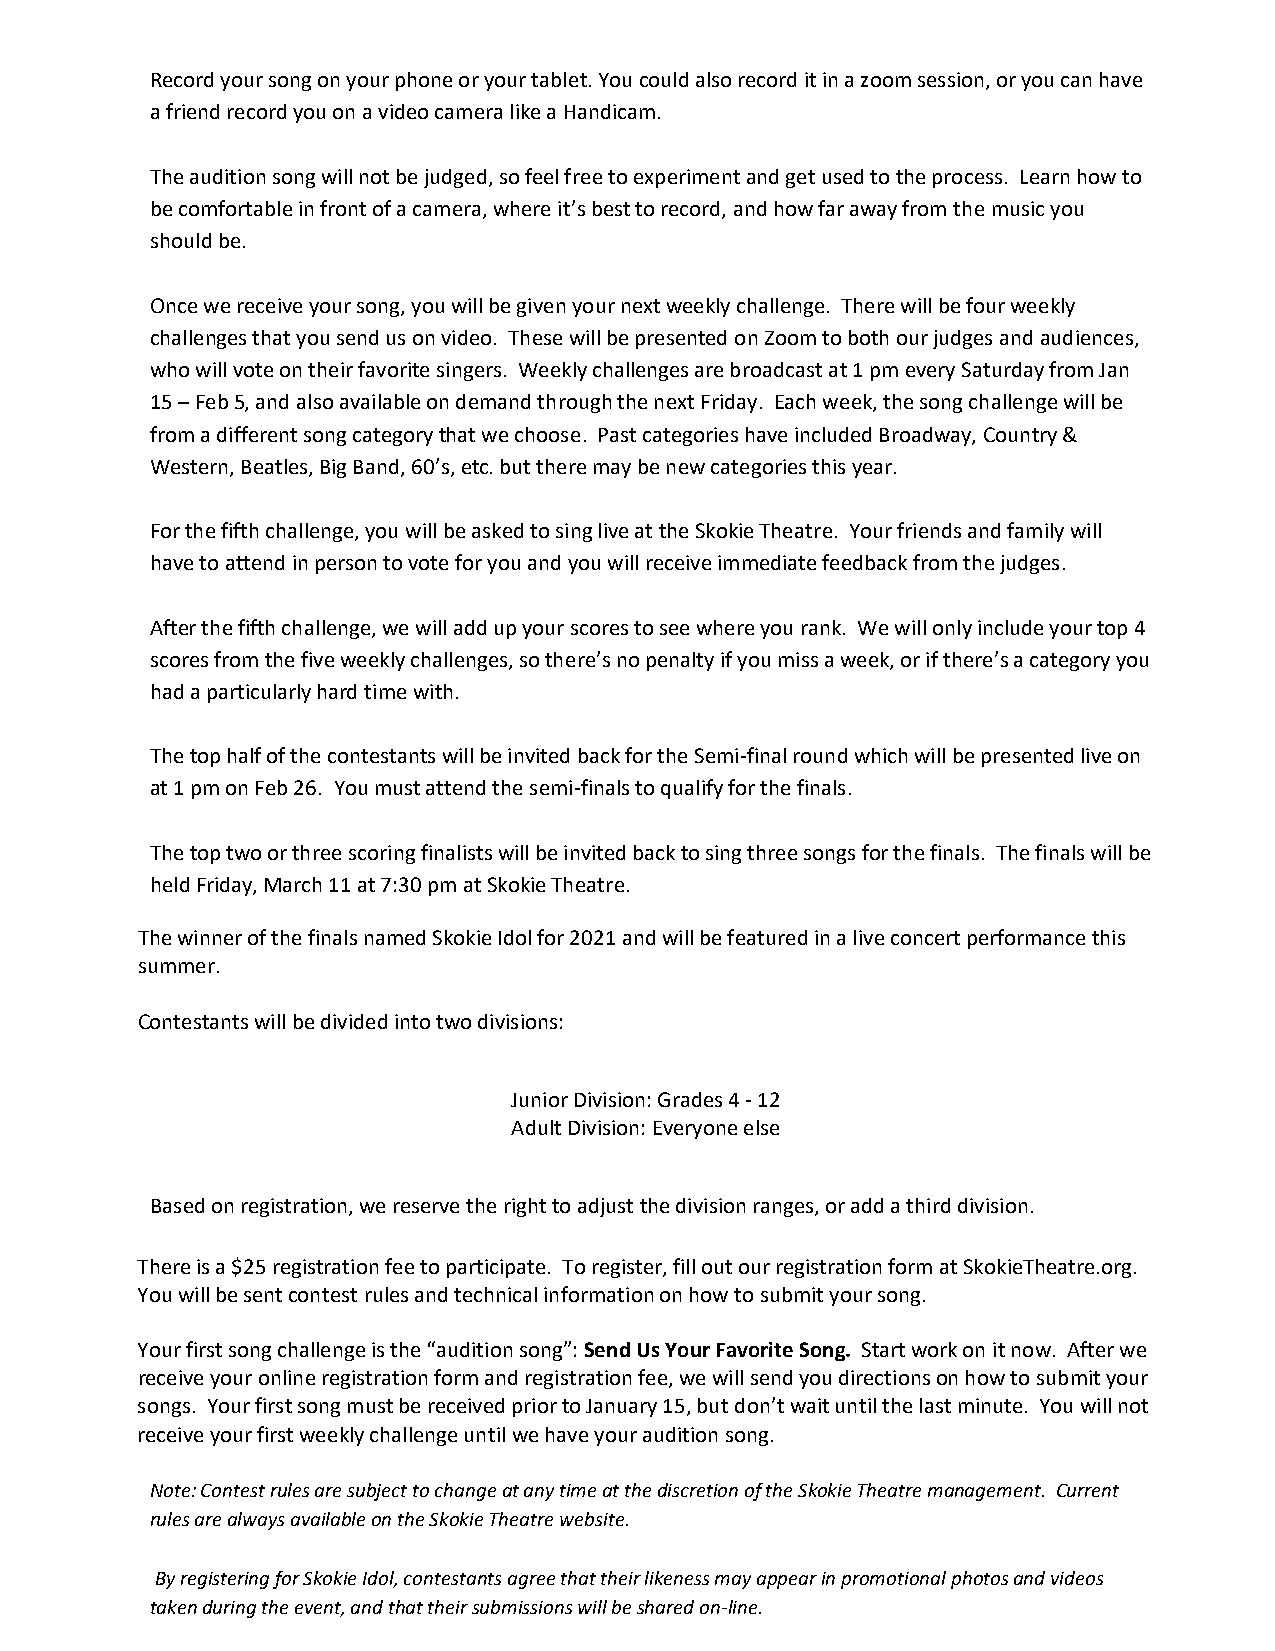
Record your song on your phone or your tablet. You could also record it in a zoom session, or you can have
 a friend record you on a video camera like a Handicam.
 The audition song will not be judged, so feel free to experiment and get used to the process. Learn how to
 be comfortable in front of a camera, where it’s best to record, and how far away from the music you
 should be.
 Once we receive your song, you will be given your next weekly challenge. There will be four weekly
 challenges that you send us on video. These will be presented on Zoom to both our judges and audiences,
 who will vote on their favorite singers. Weekly challenges are broadcast at 1 pm every Saturday from Jan
 15 – Feb 5, and also available on demand through the next Friday. Each week, the song challenge will be
 from a different song category that we choose. Past categories have included Broadway, Country &
 Western, Beatles, Big Band, 60’s, etc. but there may be new categories this year.
 For the fifth challenge, you will be asked to sing live at the Skokie Theatre. Your friends and family will
 have to attend in person to vote for you and you will receive immediate feedback from the judges.
 After the fifth challenge, we will add up your scores to see where you rank. We will only include your top 4
 scores from the five weekly challenges, so there’s no penalty if you miss a week, or if there’s a category you
 had a particularly hard time with.
 The top half of the contestants will be invited back for the Semi-final round which will be presented live on
 at 1 pm on Feb 26. You must attend the semi-finals to qualify for the finals.
 The top two or three scoring finalists will be invited back to sing three songs for the finals. The finals will be
 held Friday, March 11 at 7:30 pm at Skokie Theatre.
 The winner of the finals named Skokie Idol for 2021 and will be featured in a live concert performance this
 summer.
 Contestants will be divided into two divisions:
 Junior Division: Grades 4 - 12
 Adult Division: Everyone else
 Based on registration, we reserve the right to adjust the division ranges, or add a third division.
 There is a $25 registration fee to participate. To register, fill out our registration form at SkokieTheatre.org.
 You will be sent contest rules and technical information on how to submit your song.
 Your first song challenge is the “audition song”: Send Us Your Favorite Song. Start work on it now. After we
 receive your online registration form and registration fee, we will send you directions on how to submit your
 songs. Your first song must be received prior to January 15, but don’t wait until the last minute. You will not
 receive your first weekly challenge until we have your audition song.
 Note: Contest rules are subject to change at any time at the discretion of the Skokie Theatre management. Current
 rules are always available on the Skokie Theatre website.
 By registering for Skokie Idol, contestants agree that their likeness may appear in promotional photos and videos
 taken during the event, and that their submissions will be shared on-line.